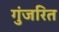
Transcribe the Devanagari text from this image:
गुंजरित